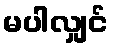
မပါလျှင်